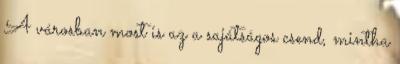
A városban most is az a sajátságos csend, mintha